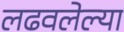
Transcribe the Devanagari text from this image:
लढवलेल्या